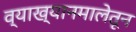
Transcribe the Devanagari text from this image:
व्याख्यानमालेतून